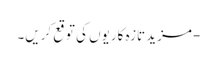
- مزید تازہ کاریوں کی توقع کریں۔